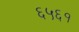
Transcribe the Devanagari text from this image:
६५६१